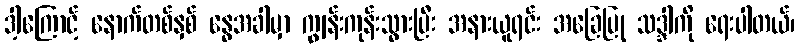
ဒါ့ကြောင့် နောက်တစ်နှစ် နွေအခါမှာ ကျွန်းကုန်းသွားပြီး အနားယူရင်း အခြေပြု သဒ္ဒါကို ရေးပါတယ်၊